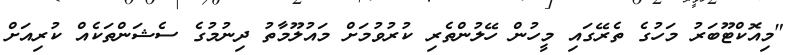
"މިއޮކްޓޫބަރު މަހުގެ ތެރޭގައި މީހުން ހޭލުންތެރި ކުރުވުމަށް މައުލޫމާތު ދިނުމުގެ ސެޝަންތަކެއް ކުރިއަށް